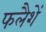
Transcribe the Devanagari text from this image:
फलैशें